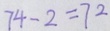
7 4 - 2 = 7 2